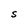
Character: S